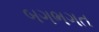
બગભગત